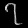
Digit: ၇